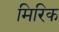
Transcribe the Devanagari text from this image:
मिरिक